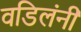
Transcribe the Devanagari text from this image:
वडिलंनी